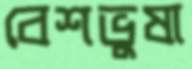
বেশভুষা